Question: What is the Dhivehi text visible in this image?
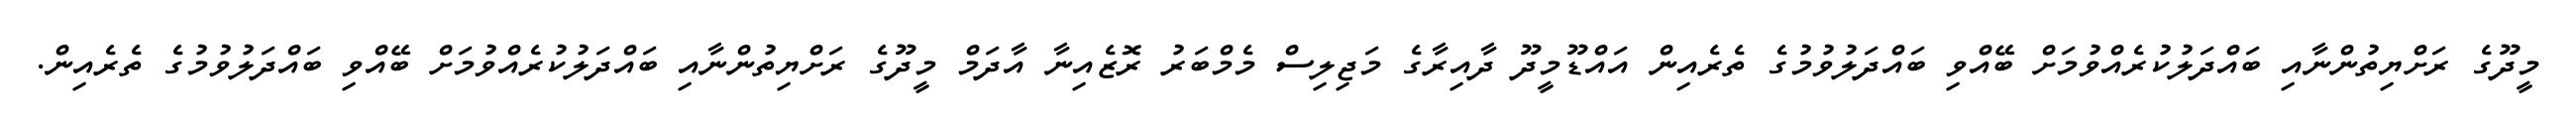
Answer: މީދޫގެ ރަށްޔިތުންނާއި ބައްދަލުކުރެއްވުމަށް ބޭއްވި ބައްދަލުވުމުގެ ތެރެއިން އައްޑޫމީދޫ ދާއިރާގެ މަޖިލިސް މެމްބަރު ރޮޒެއިނާ އާދަމް މީދޫގެ ރަށްޔިތުންނާއި ބައްދަލުކުރެއްވުމަށް ބޭއްވި ބައްދަލުވުމުގެ ތެރެއިން.